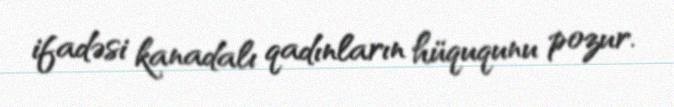
ifadəsi kanadalı qadınların hüququnu pozur.